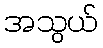
အသွယ်